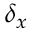
\delta _ { x }